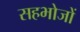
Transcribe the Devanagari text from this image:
सहभोजों